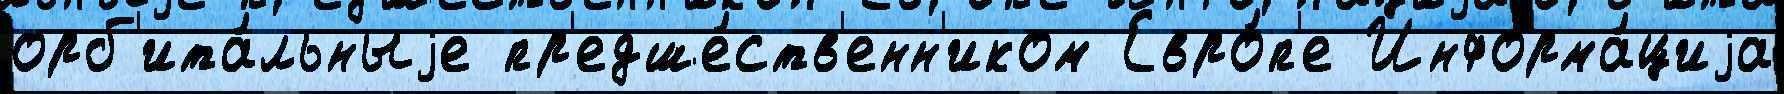
орб'ита́льныjе пр'едше́ств'енн'иком Евро́п'е Информа́циjа